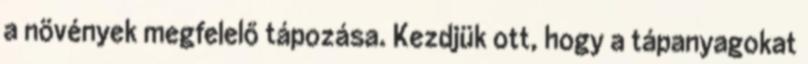
a növények megfelelő tápozása. Kezdjük ott, hogy a tápanyagokat